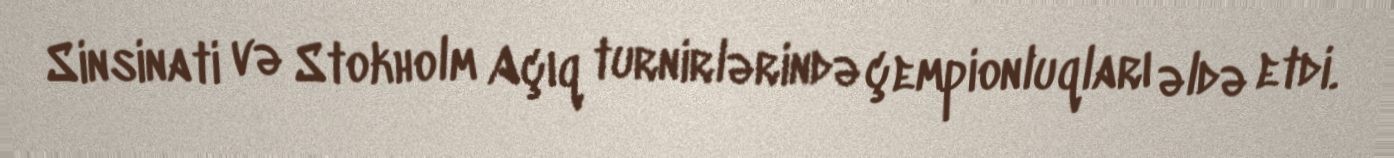
Sinsinati və Stokholm Açıq turnirlərində çempionluqları əldə etdi.